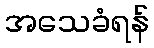
အသေခံရန်